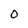
Character: O